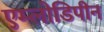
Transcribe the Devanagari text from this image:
एम्लोडिपीन